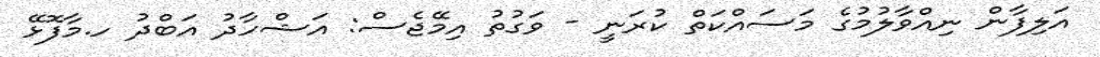
އަލިފާން ނިއްވާލުމުގެ މަސައްކަތް ކުރަނީ - ވަގުތު އިމޭޖެސް: އަޝްހާދު އަބްދު ހ.މާފޮޅޭ